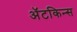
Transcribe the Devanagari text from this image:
अॅटकिन्स